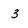
Character: 3